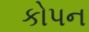
કોપન